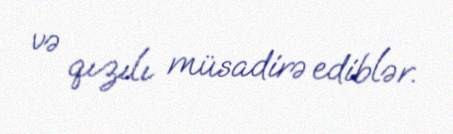
və qızılı müsadirə ediblər.